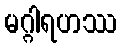
မဂ္ဂါရဟဿ